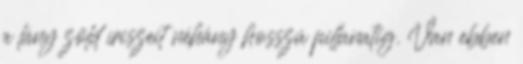
a lány zöld íriszeit néhány hosszú pillanatig. Van ebben